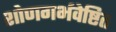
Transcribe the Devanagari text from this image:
शोणगर्भवेष्टित